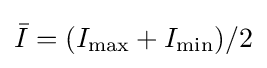
{\bar {I}}=(I_{\max }+I_{\min })/2